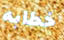
خطابه